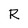
Character: R